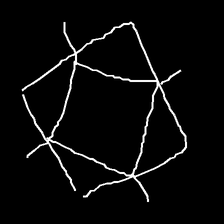
Glyph: light